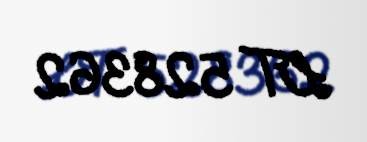
LT 528362